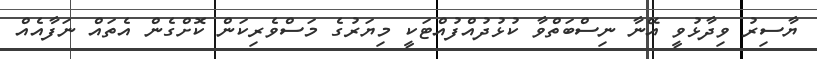
ޔާސިރު ވިދާޅުވީ އޭނާ ނިސްބަތްވާ ކުޅުދުއްފުއްޓަކީ މިޔަރުގެ މަސްވެރިކަން ކޮށްގެން އެތައް ނަފާއެއް